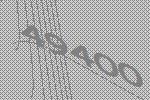
49400